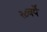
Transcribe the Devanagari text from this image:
२८वर्षे